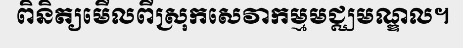
ពិនិត្យមើលពីស្រុកសេវាកម្មមជ្ឈមណ្ឌល។